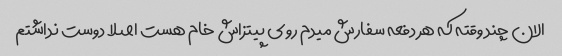
الان چند وقته که هر دفعه سفارش میدم روى پیتزاش خام هست اصلا دوست نداشتم